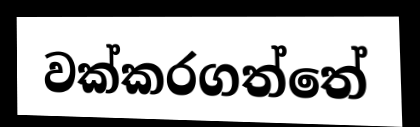
වක්කරගත්තේ